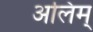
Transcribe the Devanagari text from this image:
अलिम्